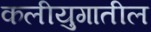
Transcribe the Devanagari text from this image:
कलीयुगातील